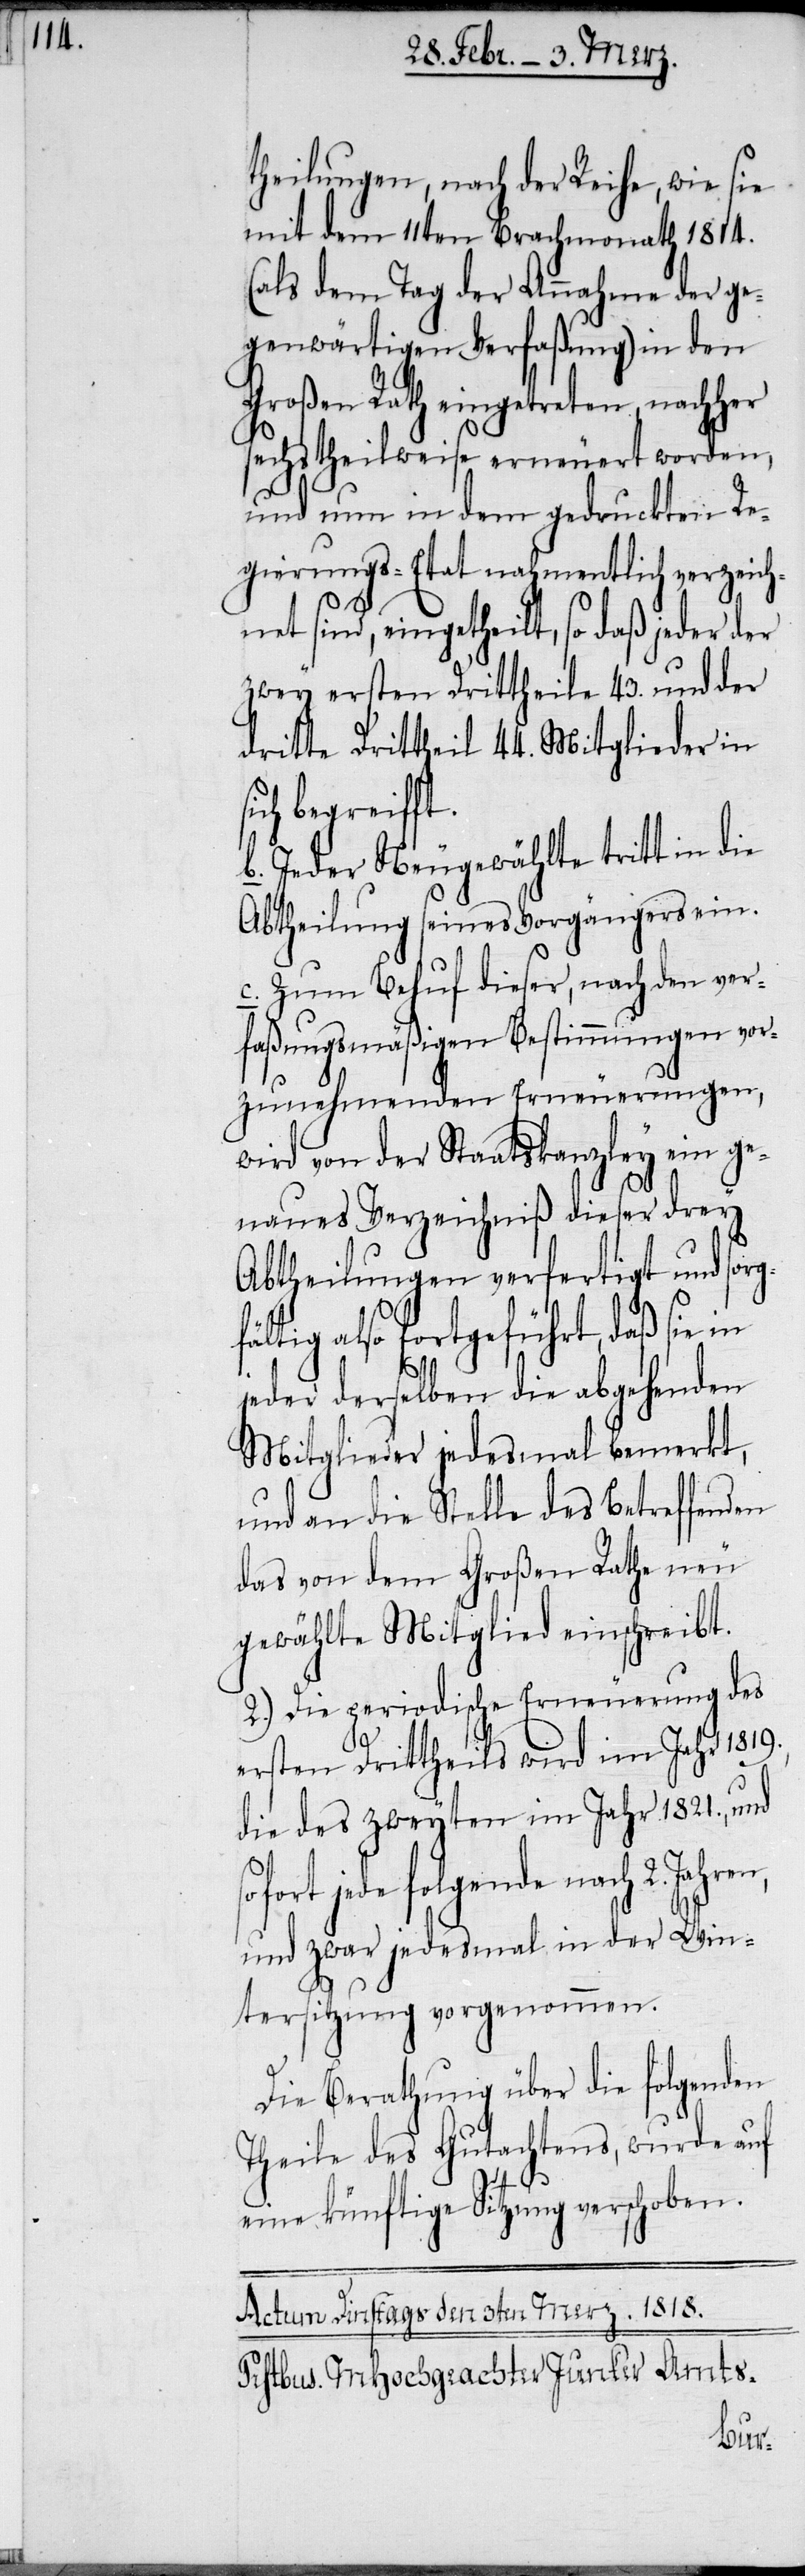
theilungen, nach der Reihe, wie sie
mit dem 11ten Brachmonath 1814.
(als dem Tag der Annahme der ge¬
genwärtigen Verfaßung) in den
Großen Rath eingetreten, nach¬
sechstheilweise erneuert worden,
und nun in dem gedruckten Re¬
gierungs-Etat nahmentlich verzeich¬
net sind, eingetheilt, so daß jeder der
zwey ersten Drittheile 43. und der
dritte Drittheil 44. Mitglieder in
sich begreifft.
b. Jeder Neugewählte tritt in die
Abtheilung seines Vorgängers ein.
c. Zum Behuf dieser, nach den ver¬
faßungsmäßigen Bestimmungen vor¬
zunehmenden Erneuerungen,
wird von der Staatskanzley ein ge¬
naues Verzeichniß dieser drey
Abtheilungen verfertigt und sorg¬
fältig also fortgeführt, daß sie in
jeder derselben die abgehenden
Mitglieder jedesmal bemerkt,
und an die Stelle des Betreffenden
das von dem Großen Rathe neu
gewählte Mitglied einschreibt.
2.) Die periodische Erneuerung des
ersten Drittheils wird im Jahr 1819.,
die des zweyten im Jahr 1821., und
ofort jede folgende nach 2. Jahren,
und zwar jedesmal in der Win¬
tersitzung vorgenommen.
Die Berathung über die folgenden
Theile des Gutachtens, wurde auf
eine künftige Sitzung verschoben.
s¬